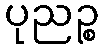
ပုညဉ္စ